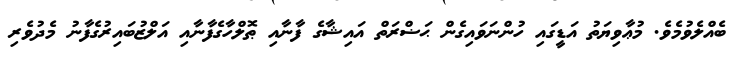
ބެއްލެވުމެވެ. މުޢާވިޔަތު އަޑީގައި ހުންނަވައިގެން ޙަޟްރަތް އައިޝާގެ ފާނާއި ޠޮލްހާގެފާނާއި އަލްޒުބައިރުގެފާނު މެދުވެރި